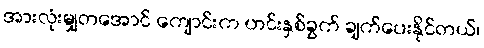
အားလုံးမျှတအောင် ကျောင်းက ဟင်းနှစ်ခွက် ချက်ပေးနိုင်တယ်၊